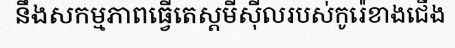
នឹងសកម្មភាពធ្វើតេស្តមីស៊ីលរបស់កូរ៉េខាងជើង